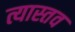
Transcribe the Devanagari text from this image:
त्यास्तव